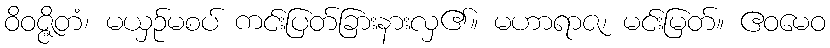
ဝိဝဇ္ဇိတံ၊ မယှဉ်မစပ် ကင်းပြတ်ခြားနားလှ၏။ မဟာရာဇ၊ မင်းမြတ်။ ဧဝမေဝ